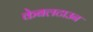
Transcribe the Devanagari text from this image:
केबलटाउन